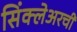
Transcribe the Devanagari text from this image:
सिंक्लेअरची